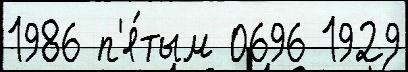
1986 п'я́тым 0696 1929